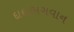
દાદાભગવાન